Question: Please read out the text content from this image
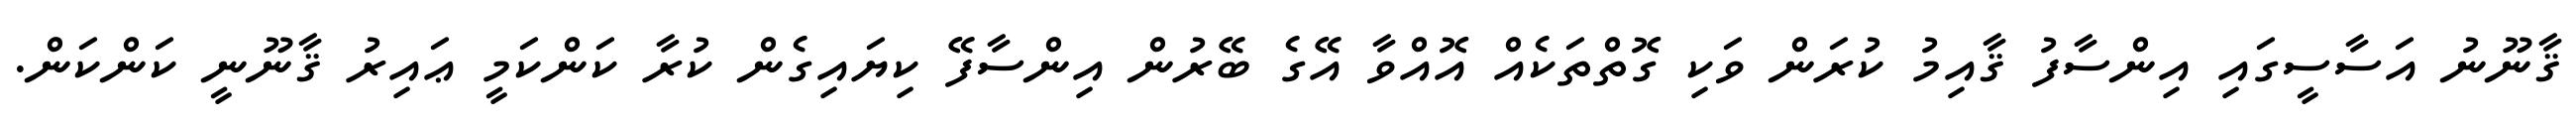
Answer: ޤާނޫނު އަސާސީގައި އިންސާފު ޤާއިމު ކުރަން ވަކި ގޮތްތަކެއް އޮއްވާ އޭގެ ބޭރުން އިންސާފޭ ކިޔައިގެން ކުރާ ކަންކަމީ ޢައިރު ޤާނޫނީ ކަންކަން.